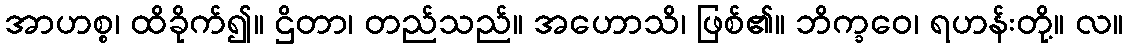
အာဟစ္စ၊ ထိခိုက်၍။ ဌိတာ၊ တည်သည်။ အဟောသိ၊ ဖြစ်၏။ ဘိက္ခဝေ၊ ရဟန်းတို့။ လ။